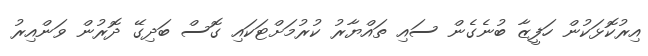
އިރުކޮޅަކުން ހަފީޒާ ބުނެގެން ސައި ތައްޔާރު ކުރުމަށްޓަކައި ގޮސް ބަދިގޭ ދޮރުން ވަންއިރު